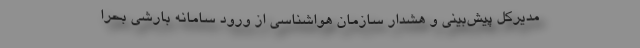
مدیرکل پیش‌بینی و هشدار سازمان هواشناسی از ورود سامانه بارشی بحرا